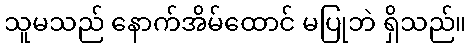
သူမသည် နောက်အိမ်ထောင် မပြုဘဲ ရှိသည်။